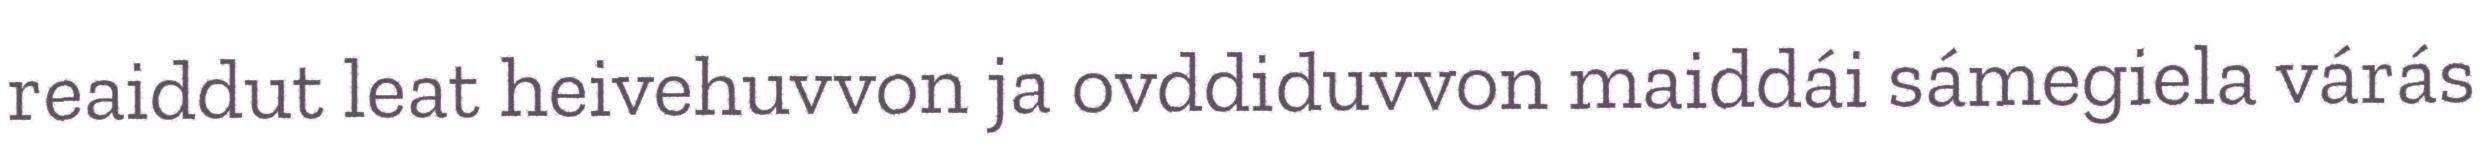
reaiddut leat heivehuvvon ja ovddiduvvon maiddái sámegiela várás